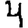
Digit: 4